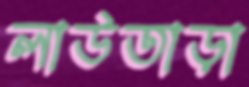
লাউতাড়া